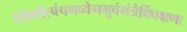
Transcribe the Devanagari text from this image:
प्रोक्षयेत्पंचगव्येनभुवंमंत्रैर्विचक्षणः